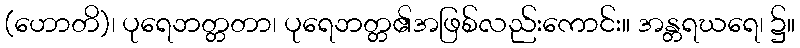
(ဟောတိ)၊ ပုရေဘတ္တတာ၊ ပုရေဘတ္တ၏အဖြစ်လည်းကောင်း။ အန္တရဃရေ၊ ၌။